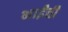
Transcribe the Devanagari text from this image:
भाईंची